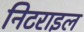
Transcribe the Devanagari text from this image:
निटराइल